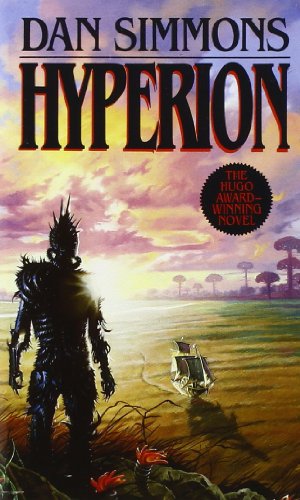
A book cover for Hyperion (Hyperion Cantos); Dan Simmons; Science Fiction & Fantasy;